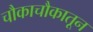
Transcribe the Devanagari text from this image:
चौकाचौकातून